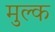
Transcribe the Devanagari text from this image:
मुल्‍क